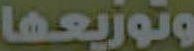
وتوزيعها